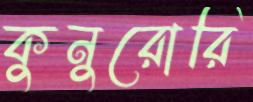
কুনুরোরি